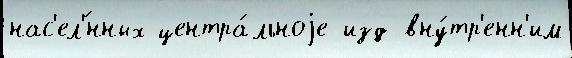
нас'ел'́нных центра́льноjе изд вну́тр'енн'им